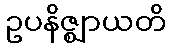
ဥပနိဇ္ဈာယတိ